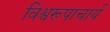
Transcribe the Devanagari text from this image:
विश्वरूपाचार्य